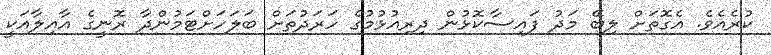
ކުރެއެވެ. އެގޮތަށް ލިބޭ މަދު ފައިސާކޮޅުން ދިރިއުޅުމުގެ ހަރަދުތަށް ބަލަހަށްޓަމުންދާ ރޮނީގެ އާއިލާއަކީ